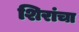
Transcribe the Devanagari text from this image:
शिरांचा